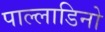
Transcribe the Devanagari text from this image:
पाल्लाडिनो